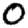
Digit: 0